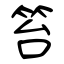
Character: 笞